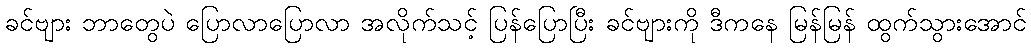
ခင်ဗျား ဘာတွေပဲ ပြောလာပြောလာ အလိုက်သင့် ပြန်ပြောပြီး ခင်ဗျားကို ဒီကနေ မြန်မြန် ထွက်သွားအောင်